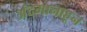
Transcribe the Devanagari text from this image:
अंदमानाहून